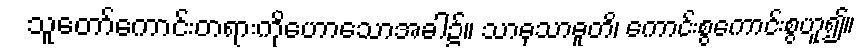
သူတော်ကောင်းတရားကိုဟောသောအခါ၌။ သာဓုသာဓူတိ၊ ကောင်းစွကောင်းစွဟူ၍။